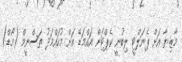
މާޒިޔާ އަށް ޕެނަލްޓީ ލިބުނީ ކެޕްޓަން އައްމަޑޭ އަށް މުހައްމަދު ތަސްނީމް (މޯޑް)